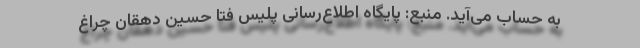
به حساب می‌آید. منبع: پایگاه اطلاع‌رسانی پلیس فتا حسین دهقان چراغ